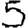
Digit: 5